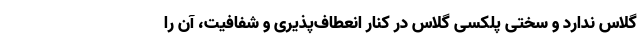
گلاس ندارد و سختی پلکسی گلاس در کنار انعطاف‌پذیری و شفافیت، آن را